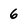
Character: 6